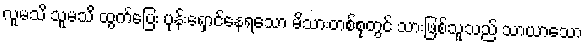
လူမသိ သူမသိ ထွက်ပြေး ပုန်းရှောင်နေရသော မိသားတစ်စုတွင် သားဖြစ်သူသည် သာယာသော